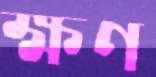
ক্ষণ